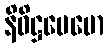
နိဝိဋ္ဌပေမော